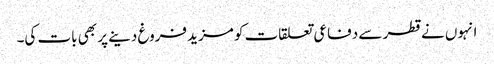
انہوں نے قطر سے دفاعی تعلقات کو مزید فروغ دینے پر بھی بات کی۔